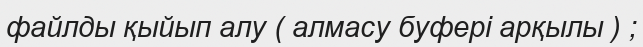
файлды қыйып алу ( алмасу буфері арқылы ) ;